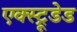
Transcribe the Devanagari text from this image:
एक्स्ट्रूडेड